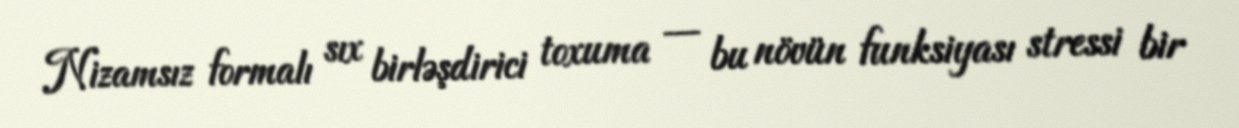
Nizamsız formalı sıx birləşdirici toxuma — bu növün funksiyası stressi bir